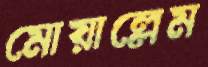
মোয়াল্লেম